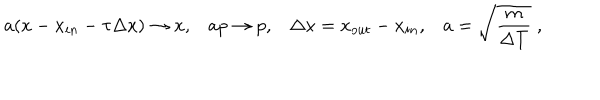
LaTeX: a ( x - x _ { i n } - \tau \Delta x ) \rightarrow x , a p \rightarrow p , \Delta x = x _ { o u t } - x _ { i n } , a = \sqrt { \frac { m } { \Delta T } } \; ,